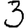
Digit: 3